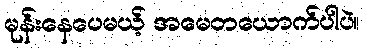
မုန်းနေပေမယ့် အမေတယောက်ပါပဲ။